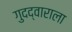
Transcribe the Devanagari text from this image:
गुदद्वाराला